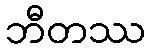
ဘီတဿ